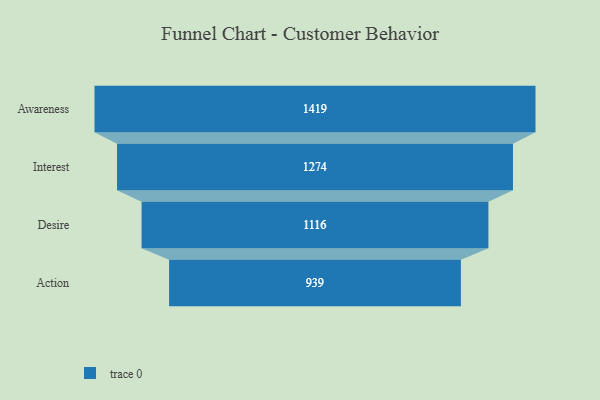
{"axis": {"x": "Stage", "y": "Value"}, "legend": [""], "data": [{"x": "Awareness", "y": 1419.0, "type": ""}, {"x": "Interest", "y": 1274.0, "type": ""}, {"x": "Desire", "y": 1116.0, "type": ""}, {"x": "Action", "y": 939.0, "type": ""}]}